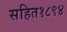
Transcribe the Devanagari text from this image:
सहित१८९४